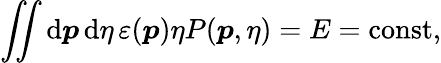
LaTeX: \iint\mathrm{d}\boldsymbol{p}\, \mathrm{d}\eta\, \varepsilon(\boldsymbol{p})\eta P(\boldsymbol{p},\eta)=E=\mathrm{const},